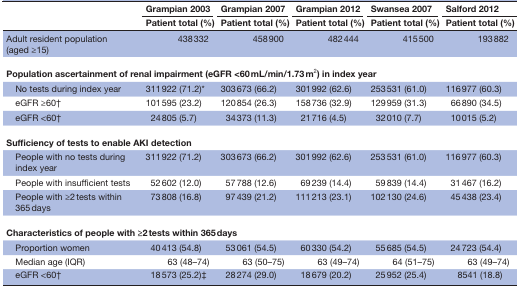
<table><thead><tr><td rowspan="2"></td><td><b>Grampian 2003</b></td><td><b>Grampian 2007</b></td><td><b>Grampian 2012</b></td><td><b>Swansea 2007</b></td><td><b>Salford 2012</b></td></tr><tr><td><b>Patient total (%)</b></td><td><b>Patient total (%)</b></td><td><b>Patient total (%)</b></td><td><b>Patient total (%)</b></td><td><b>Patient total (%)</b></td></tr></thead><tbody><tr><td>Adult resident population (aged ≥15)</td><td>438 332</td><td>458 900</td><td>482 444</td><td>415 500</td><td>193 882</td></tr><tr><td colspan="6">­ <b>Population ascertainment of renal impairment (eGFR &lt;60 mL/min/1.73 m<sup>2</sup>) in index year</b></td></tr><tr><td> No tests during index year</td><td>311 922 (71.2)*</td><td>303 673 (66.2)</td><td>301 992 (62.6)</td><td>253 531 (61.0)</td><td>116 977 (60.3)</td></tr><tr><td> eGFR ≥60†</td><td>101 595 (23.2)</td><td>120 854 (26.3)</td><td>158 736 (32.9)</td><td>129 959 (31.3)</td><td>66 890 (34.5)</td></tr><tr><td> eGFR &lt;60†</td><td>24 805 (5.7)</td><td>34 373 (11.3)</td><td>21 716 (4.5)</td><td>32 010 (7.7)</td><td>10 015 (5.2)</td></tr><tr><td colspan="6">­ <b>Sufficiency of tests to enable AKI detection</b></td></tr><tr><td> People with no tests during index year</td><td>311 922 (71.2)</td><td>303 673 (66.2)</td><td>301 992 (62.6)</td><td>253 531 (61.0)</td><td>116 977 (60.3)</td></tr><tr><td> People with insufficient tests</td><td>52 602 (12.0)</td><td>57 788 (12.6)</td><td>69 239 (14.4)</td><td>59 839 (14.4)</td><td>31 467 (16.2)</td></tr><tr><td> People with ≥2 tests within 365 days</td><td>73 808 (16.8)</td><td>97 439 (21.2)</td><td>111 213 (23.1)</td><td>102 130 (24.6)</td><td>45 438 (23.4)</td></tr><tr><td colspan="6">­ <b>Characteristics of people with ≥2 tests within 365 days</b></td></tr><tr><td> Proportion women</td><td>40 413 (54.8)</td><td>53 061 (54.5)</td><td>60 330 (54.2)</td><td>55 685 (54.5)</td><td>24 723 (54.4)</td></tr><tr><td> Median age (IQR)</td><td>63 (48–74)</td><td>63 (50–75)</td><td>63 (49–74)</td><td>64 (51–75)</td><td>63 (49–74)</td></tr><tr><td> eGFR &lt;60†</td><td>18 573 (25.2)‡</td><td>28 274 (29.0)</td><td>18 679 (20.2)</td><td>25 952 (25.4)</td><td>8541 (18.8)</td></tr></tbody></table>